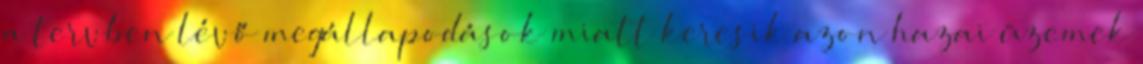
a tervben lévő megállapodások miatt keresik azon hazai üzemek